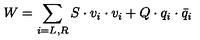
W = \sum _ { i = L , R } S \cdot v _ { i } \cdot v _ { i } + Q \cdot q _ { i } \cdot \bar { q } _ { i }